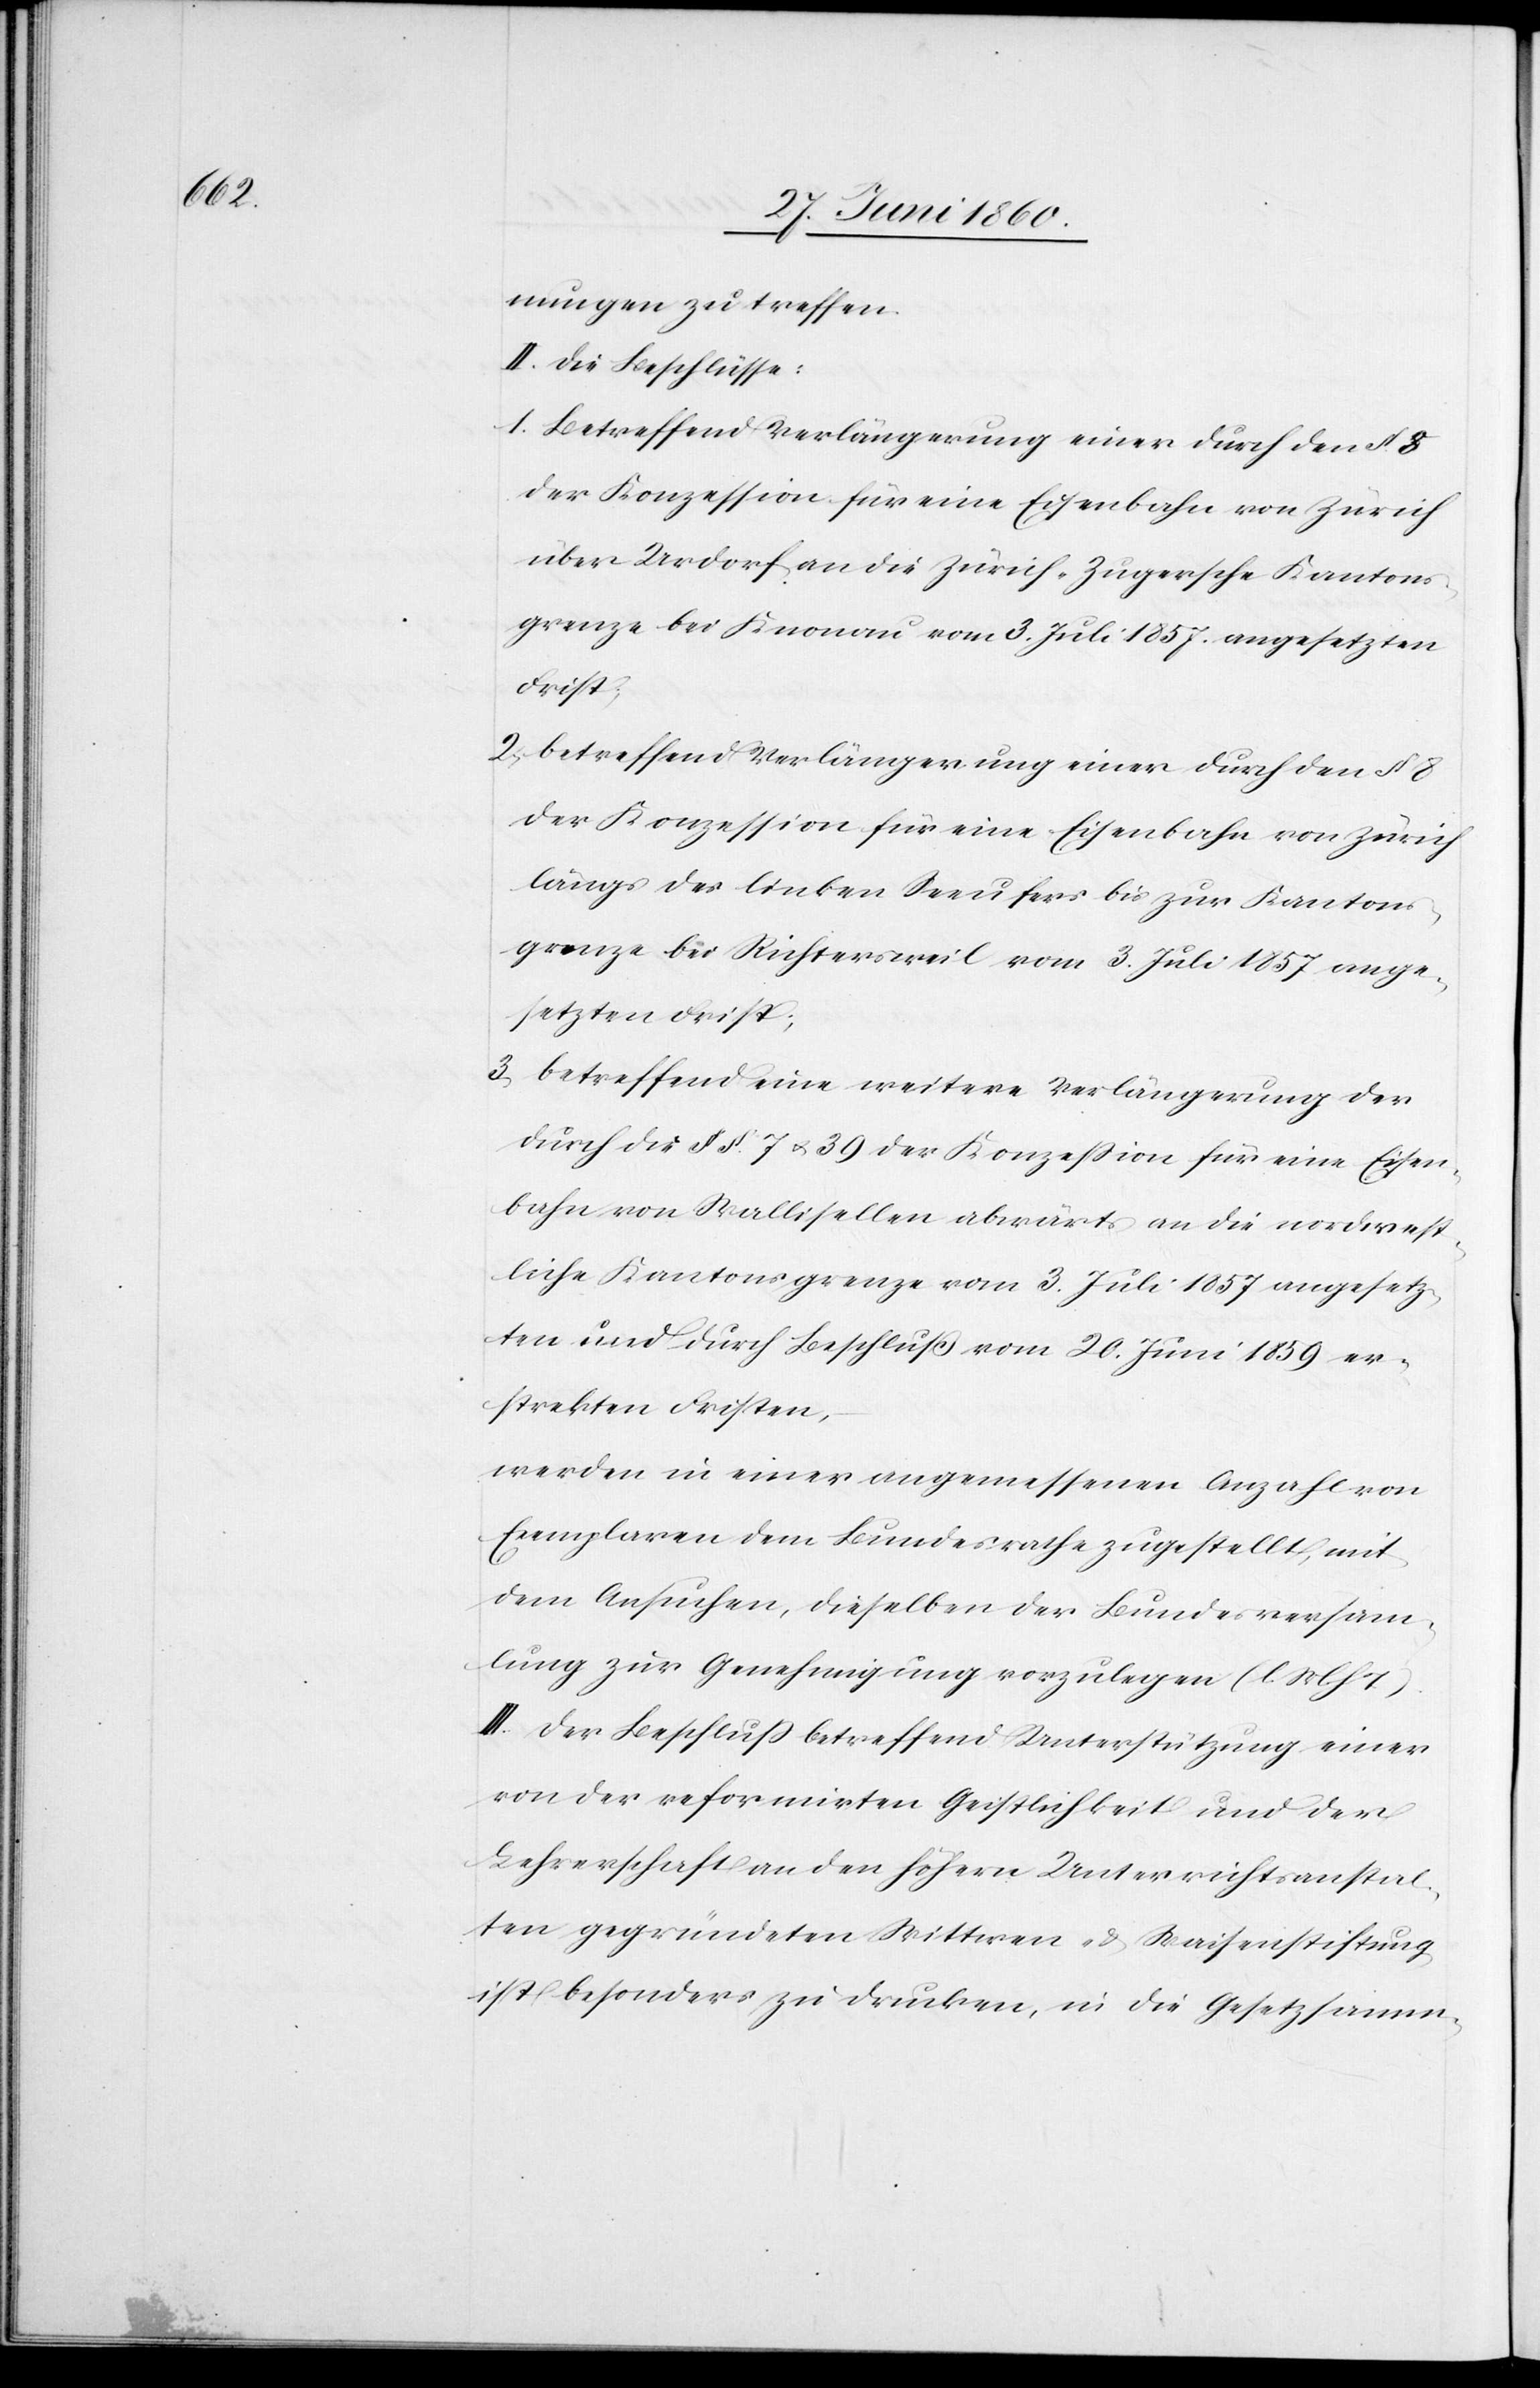
nungen zu treffen.
II. Die Beschlüsse:
1. Betreffend Verlängerung einer durch den §. 8
der Konzession für eine Eisenbahn von Zürich
über Urdorf an die Zürich-Zugersche Kantons¬
grenze bei Knonau vom 3. Juli 1857 angesetzten
Frist;
2. betreffend Verlängerung einer durch den §. 8
der Konzession für eine Eisenbahn von Zürich
längs des linken Seeufers bis zur Kantons¬
grenze bei Richtersweil vom 3. Juli 1857 ange¬
setzten Frist;
3. betreffend eine weitere Verlängerung der
durch die §§. 7 u. 39 der Konzession für eine Eisen¬
bahn von Wallisellen abwärts an die nordwest¬
liche Kantonsgrenze vom 3. Juli 1857 angesetz¬
ten und durch Beschluß vom 20. Juni 1859 er¬
streckten Fristen,
werden in einer angemessenen Anzahl von
Exemplaren dem Bundesrathe zugestellt, mit
dem Ansuchen, dieselben der Bundesversamm¬
lung zur Genehmigung vorzulegen. (l. M. h. T.).
III. Der Beschluss betreffend Unterstützung einer
von der reformirten Geistlichkeit und der
Lehrerschaft an den höhern Unterrichtsanstal¬
ten gegründeten Wittwen- u. Waisenstiftung
ist besonders zu drucken, in die Gesetzsamm-